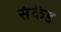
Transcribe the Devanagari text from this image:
संकेंड